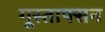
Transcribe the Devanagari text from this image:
गूस्ताफ्सन